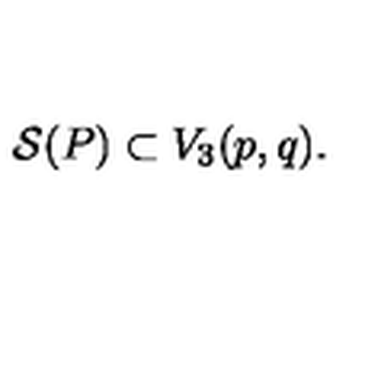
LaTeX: { \cal S } ( P ) \subset V _ { 3 } ( p , q ) .